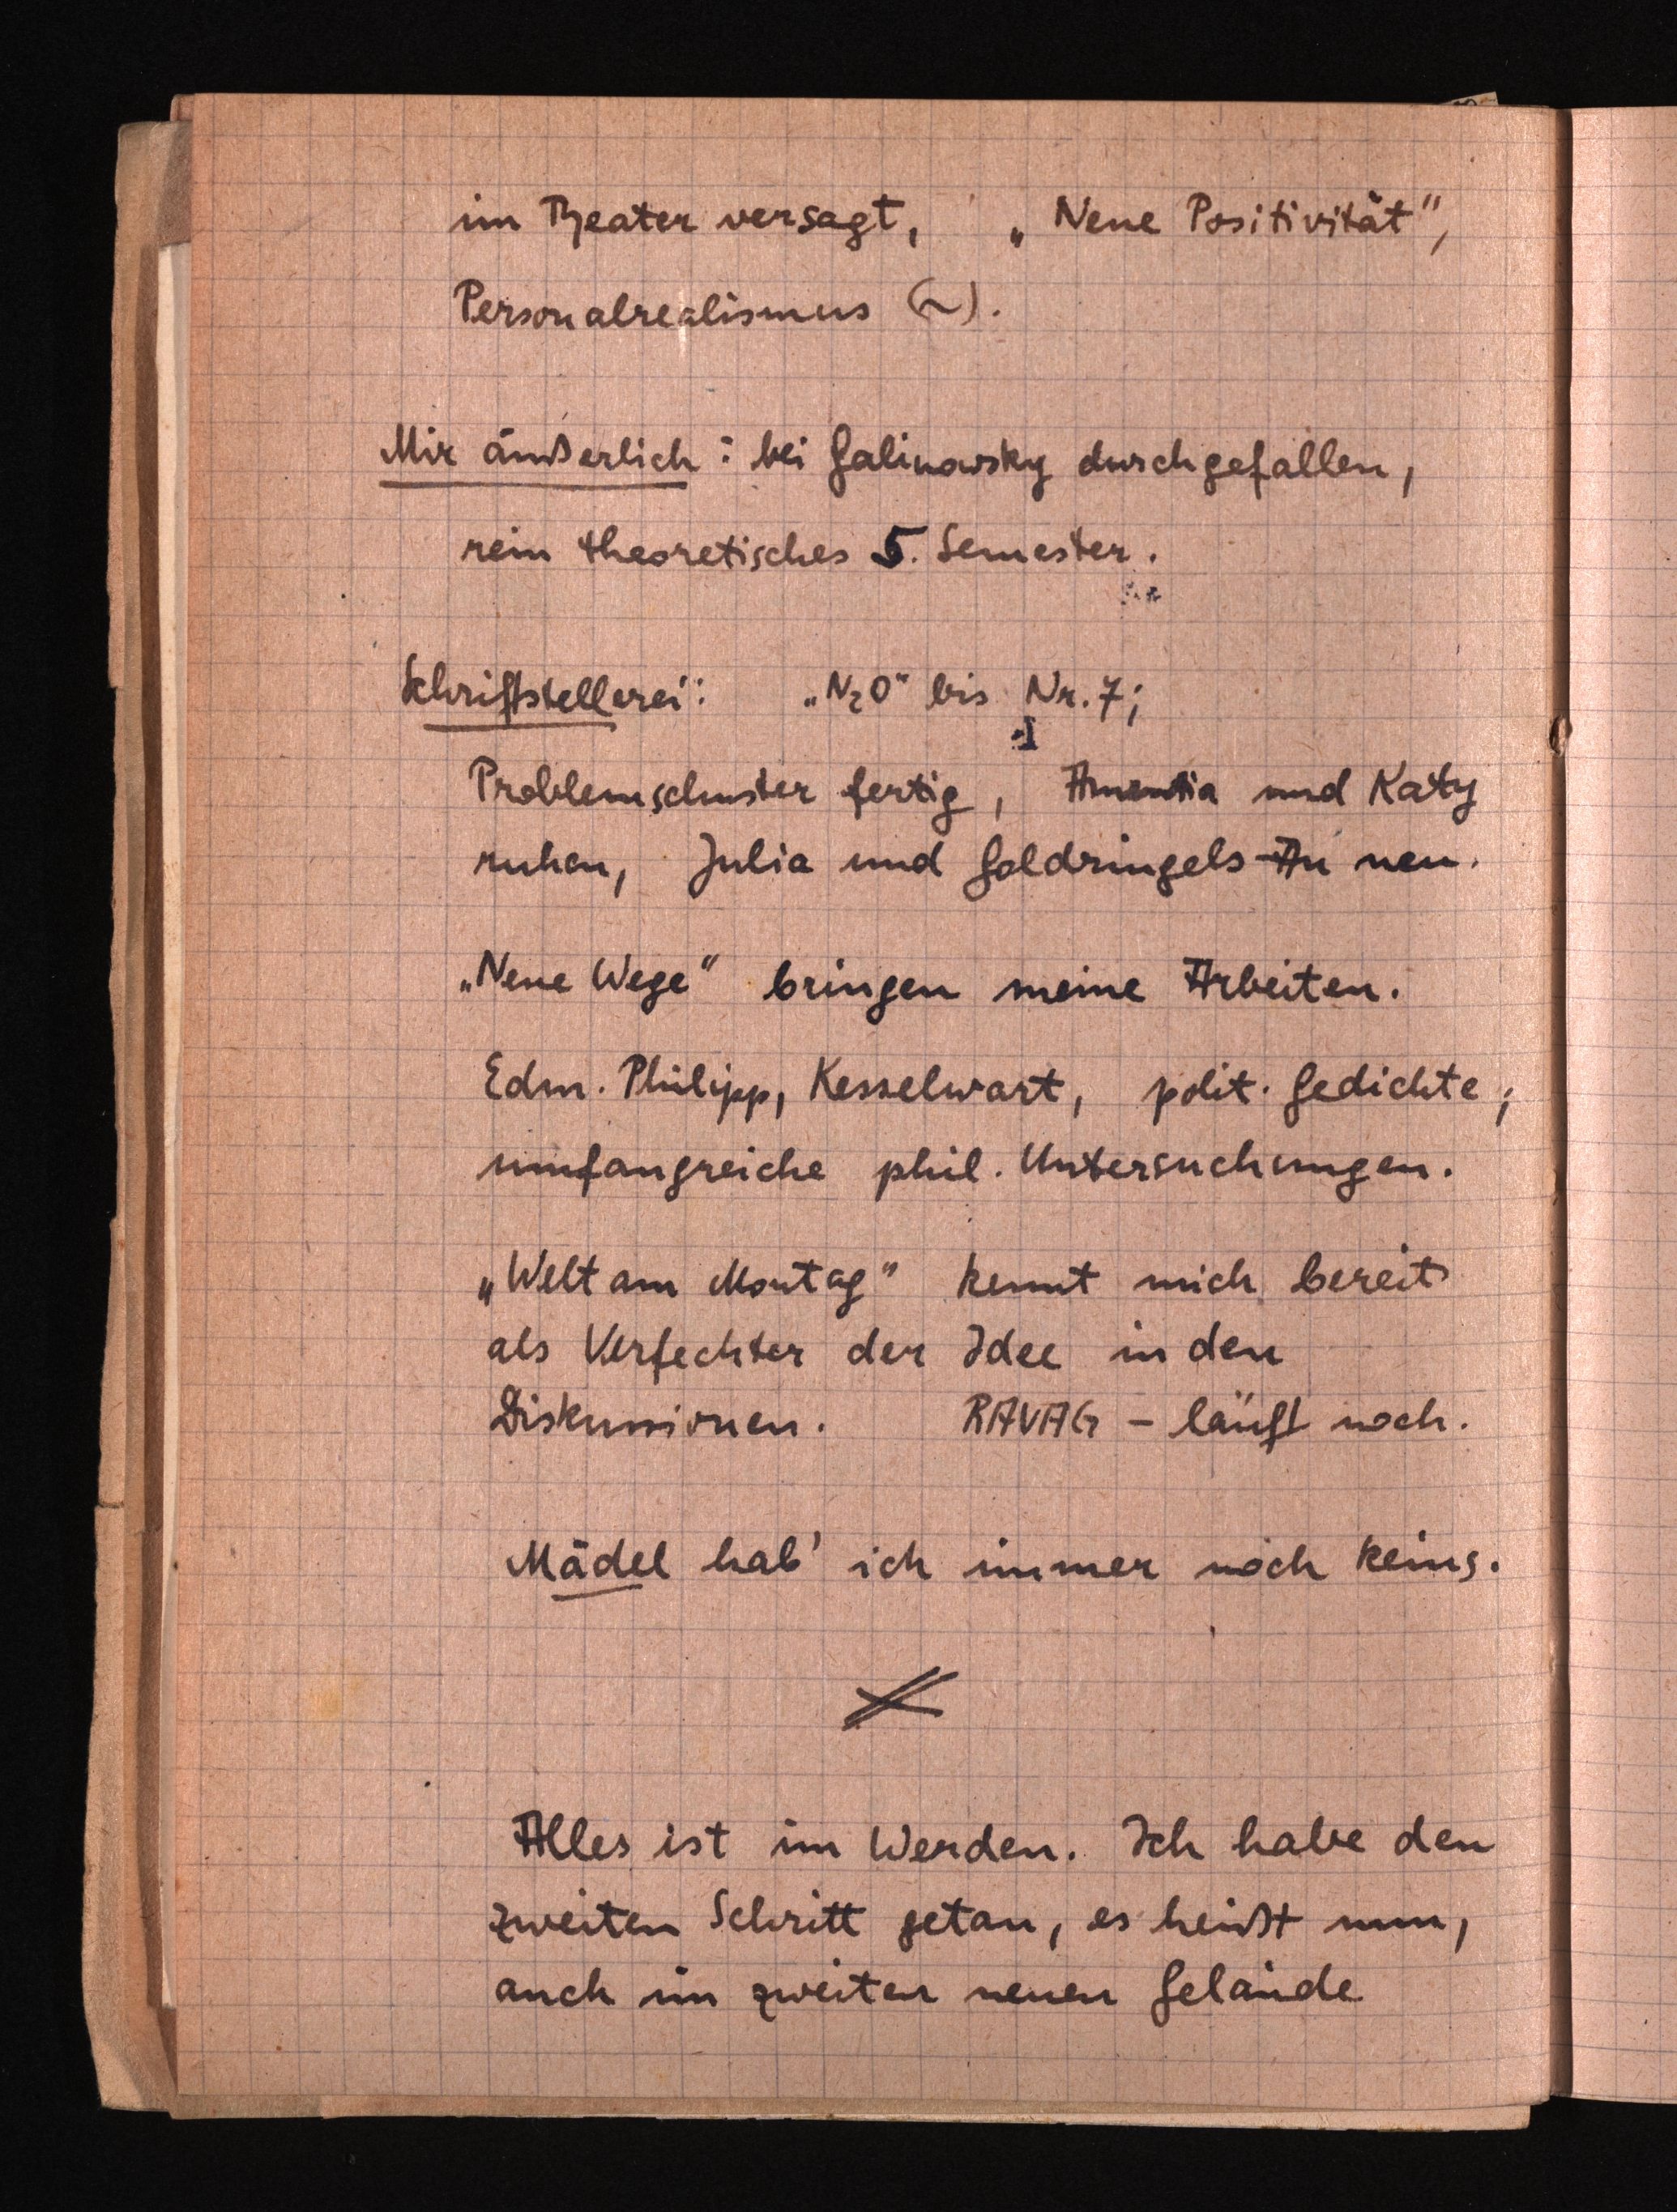
im Teater versagt, "Neue Positivität",
Personalrealismus C).
Mir äußerlich: bei Galinowsky durchgefallen,
rein theoretisches D. Semester.
Schriftstellerei: "N20" bis Nr. 7;
Problemschnster fertig, Amentia und Katy
ruhen, Julia und Goldringels-An neu.
"Neue Wege" bringen meine Arbeiten.
Edm. Phülipp, Kesselwart, polit. Gedichte;
uufangreiche phil. Untersuchungen.
"Welt am Montag kennt mich bereits
als Verfechter der Idee in den
Diskussionen. RAVG - lauft noch.
Mädel hab ich immer noch Reins.
Alles ist im Werden. Ich habe den
zweiten Schritt getan, es heißt nun,
auch im zweiter neuen Gelände